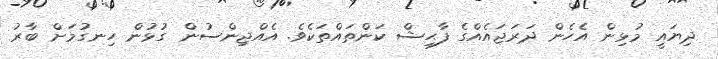
ދިޔައީ މުޅިން އެހެން ދަރަޖައެއްގެ ފާޙިޝް ކަންތައްތަކެވެ. އެއްޖިންސުން ގުޅުން ހިނގުމަށް ބާރު